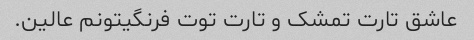
عاشق تارت تمشک و تارت توت فرنگیتونم عالین.